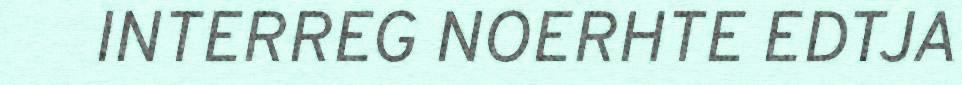
INTERREG NOERHTE EDTJA